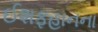
ઈશફહાનના